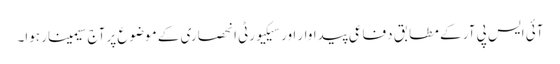
آئی ایس پی آر کے مطابق دفاعی پیداوار اور سیکیورٹی انحصاری کے موضوع پر آج سیمینار ہوا۔